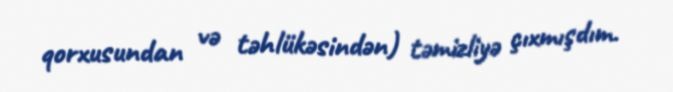
qorxusundan və təhlükəsindən) təmizliyə çıxmışdım.